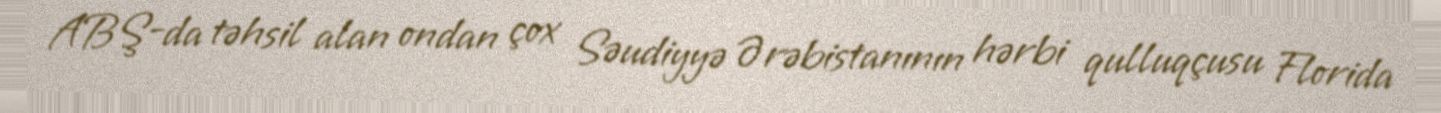
ABŞ-da təhsil alan ondan çox Səudiyyə Ərəbistanının hərbi qulluqçusu Florida